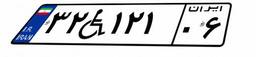
۸۷W۹۴۸۵۱